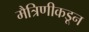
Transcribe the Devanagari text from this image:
मैत्रिणीकडून